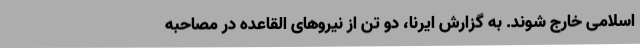
اسلامی خارج شوند. به گزارش ایرنا، دو تن از نیروهای القاعده در مصاحبه